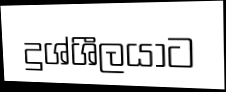
දුශ්ශීලයාට